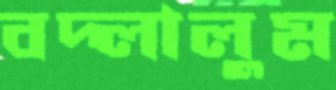
বদ্‌লালুম